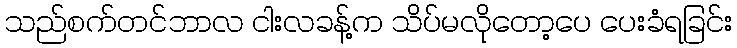
သည်စက်တင်ဘာလ ငါးလခန့်က သိပ်မလိုတော့ပေ ပေးခံရခြင်း